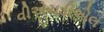
વીએચડીએલ